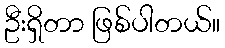
ဦးရှိတာ ဖြစ်ပါတယ်။